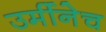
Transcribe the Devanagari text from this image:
उर्मीनेच